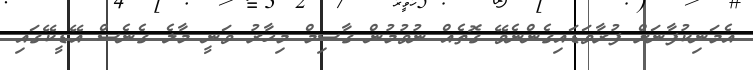
އެމަނިކުފާނަށް ފުރާވަޑައިގެންނެވޭ ގޮތެއް ނުވުމުން ގާސިމް މިހާރު ވަނީ މާލެ ގެނެސް އޭޑީކޭގައި